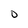
Character: D